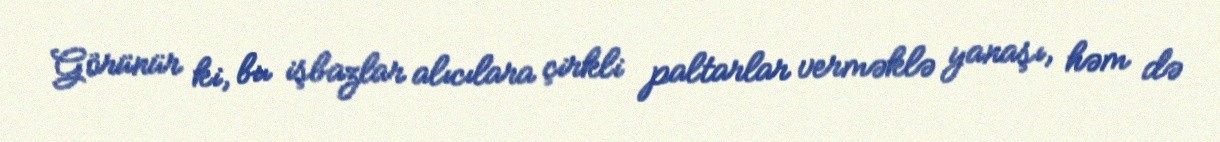
Görünür ki, bu işbazlar alıcılara çirkli paltarlar verməklə yanaşı, həm də